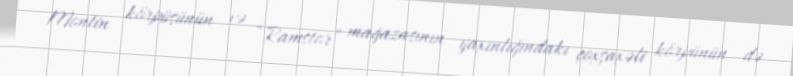
Montin körpüsünün və “Ramstor” mağazasının yaxınlığındakı çoxşaxəli körpünün də